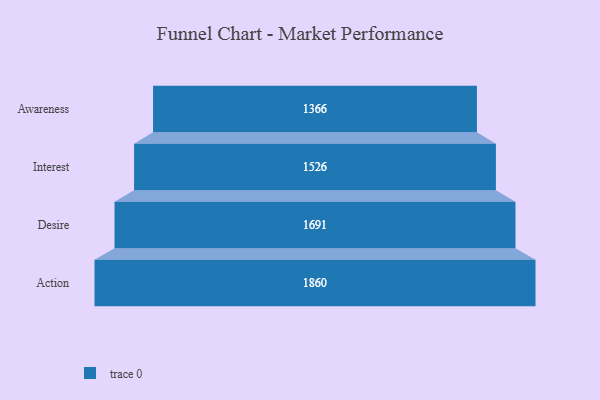
{"axis": {"x": "Stage", "y": "Value"}, "legend": [""], "data": [{"x": "Awareness", "y": 1366.0, "type": ""}, {"x": "Interest", "y": 1526.0, "type": ""}, {"x": "Desire", "y": 1691.0, "type": ""}, {"x": "Action", "y": 1860.0, "type": ""}]}